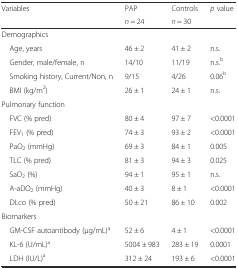
<table><thead><tr><td rowspan="2"><b>Variables</b></td><td><b>PAP</b></td><td><b>Controls</b></td><td rowspan="2"><b><i>p</i> value</b></td></tr><tr><td><b><i>n</i> = 24</b></td><td><b><i>n</i> = 30</b></td></tr></thead><tbody><tr><td>Demographics</td><td></td><td></td><td></td></tr><tr><td> Age, years</td><td>46 ± 2</td><td>41 ± 2</td><td>n.s.</td></tr><tr><td> Gender, male/female, n</td><td>14/10</td><td>11/19</td><td>n.s.<sup>b</sup></td></tr><tr><td> Smoking history, Current/Non, n</td><td>9/15</td><td>4/26</td><td>0.06<sup>b</sup></td></tr><tr><td> BMI (kg/m<sup>2</sup>)</td><td>26 ± 1</td><td>24 ± 1</td><td>n.s.</td></tr><tr><td>Pulmonary function</td><td></td><td></td><td></td></tr><tr><td> FVC (% pred)</td><td>80 ± 4</td><td>97 ± 7</td><td>&lt;0.0001</td></tr><tr><td> FEV<sub>1</sub> (% pred)</td><td>74 ± 3</td><td>93 ± 2</td><td>&lt;0.0001</td></tr><tr><td> PaO<sub>2</sub> (mmHg)</td><td>69 ± 3</td><td>84 ± 1</td><td>0.005</td></tr><tr><td> TLC (% pred)</td><td>81 ± 3</td><td>94 ± 3</td><td>0.025</td></tr><tr><td> SaO<sub>2</sub> (%)</td><td>94 ± 1</td><td>95 ± 1</td><td>n.s.</td></tr><tr><td> A-aDO<sub>2</sub> (mmHg)</td><td>40 ± 3</td><td>8 ± 1</td><td>&lt;0.0001</td></tr><tr><td> DLco (% pred)</td><td>50 ± 21</td><td>86 ± 10</td><td>0.002</td></tr><tr><td>Biomarkers</td><td></td><td></td><td></td></tr><tr><td> GM-CSF autoantibody (μg/mL)<sup>a</sup></td><td>52 ± 6</td><td>4 ± 1</td><td>&lt;0.0001</td></tr><tr><td> KL-6 (U/mL)<sup>a</sup></td><td>5004 ± 983</td><td>283 ± 19</td><td>0.0001</td></tr><tr><td> LDH (IU/L)<sup>a</sup></td><td>312 ± 24</td><td>193 ± 6</td><td>&lt;0.0001</td></tr></tbody></table>